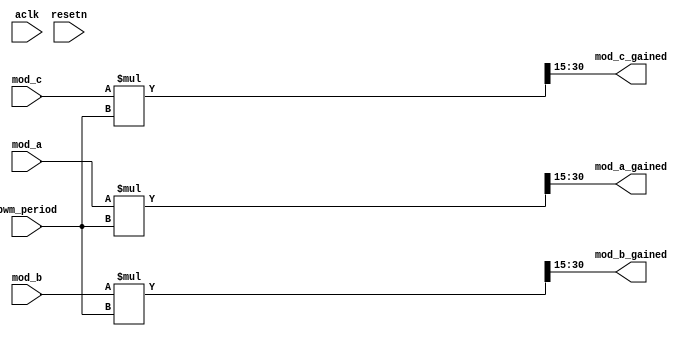
/**
  Module name: modulator_pwm_gain
  Author: P.Trujillo
  Date: April 2024
  Revision: 1.0
  History: 
    1.0: Module created
**/

`default_nettype none

module modulator_pwm_gain #(
	parameter inout_width = 16,
	parameter inout_decimal_width = 15,
	parameter pwm_period_width = 16
)(
	input wire aclk, 
	input wire resetn, 

	input wire signed [inout_width-1:0] pwm_period, /* pwm period */

	input wire signed [inout_width-1:0] mod_a, /* modulator for phase a */
	input wire signed [inout_width-1:0] mod_b, /* modulator for phase b */
	input wire signed [inout_width-1:0] mod_c, /* modulator for phase c */

	output wire signed [inout_width-1:0] mod_a_gained, /* modulator gained for phase a */
	output wire signed [inout_width-1:0] mod_b_gained, /* modulator gained for phase b */
	output wire signed [inout_width-1:0] mod_c_gained /* modulator gained for phase c */
);

	wire signed [(inout_width+pwm_period_width)-1:0] mod_a_gained_2width; /* modulator for phase a */
	wire signed [(inout_width+pwm_period_width)-1:0] mod_b_gained_2width; /* modulator for phase b */
	wire signed [(inout_width+pwm_period_width)-1:0] mod_c_gained_2width; /* modulator for phase c */

	/**********************************************************************************
	*
	* Multiplication by the pwm period
	*
	**********************************************************************************/
	assign mod_a_gained_2width = mod_a * pwm_period;
	assign mod_b_gained_2width = mod_b * pwm_period;
	assign mod_c_gained_2width = mod_c * pwm_period;

	assign mod_a_gained = $signed(mod_a_gained_2width >>> inout_decimal_width);
	assign mod_b_gained = $signed(mod_b_gained_2width >>> inout_decimal_width);
	assign mod_c_gained = $signed(mod_c_gained_2width >>> inout_decimal_width);

endmodule